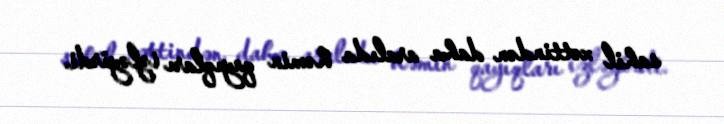
sahil xəttindən daha aralıda həmin qayıqları izləyirdi.